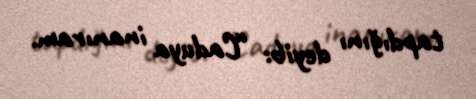
tapdığını deyib: “Caduya inanıram.